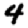
Digit: 4